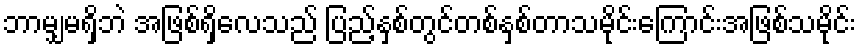
ဘာမျှမရှိဘဲ အဖြစ်ရှိလေသည် ပြည့်နှစ်တွင်တစ်နှစ်တာသမိုင်းကြောင်းအဖြစ်သမိုင်း